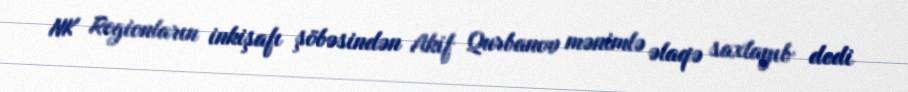
NK Regionların inkişafı şöbəsindən Akif Qurbanov mənimlə əlaqə saxlayıb dedi